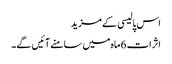
اس پالیسی کے مزید
اثرات 6ماہ میں سامنے آئیں گے۔